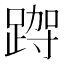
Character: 𮛮